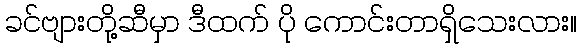
ခင်ဗျားတို့ဆီမှာ ဒီထက် ပို ကောင်းတာရှိသေးလား။